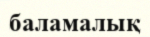
баламалық